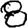
Digit: 8